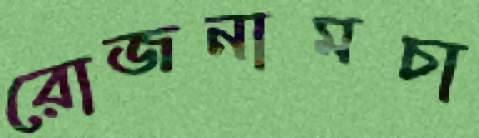
রোজনামচা